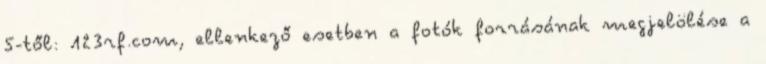
5-től: 123rf.com, ellenkező esetben a fotók forrásának megjelölése a